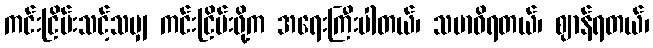
ကင်းငြိမ်းသင့်သမျှ ကင်းငြိမ်းဖို့က အရေးကြီးပါတယ်၊ သမာဓိရတယ်၊ ဈာန်ရတယ်၊